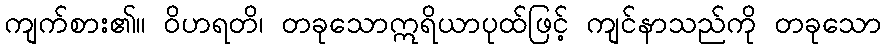
ကျက်စား၏။ ဝိဟရတိ၊ တခုသောဣရိယာပုထ်ဖြင့် ကျင်နာသည်ကို တခုသော